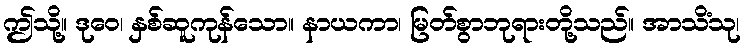
ဤသို့။ ဒုဝေ၊ နှစ်ဆူကုန်သော။ နာယကာ၊ မြတ်စွာဘုရားတို့သည်။ အာသိံသု၊